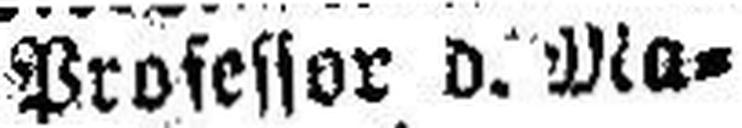
Professor d. Ma¬